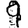
Digit: 9